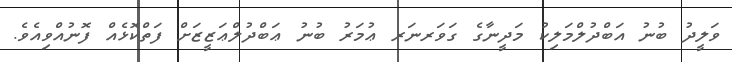
ވަލީދު ބުނު އަބްދުލްމަލިކު މަދީނާގެ ގަވަރނަރ ޢުމަރު ބުނު ޢަބްދުލްޢަޒީޒަށް ފަތްކޮޅެއް ފޮނުއްވިއެވެ.